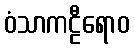
ဝံသာကဠီရောဝ